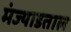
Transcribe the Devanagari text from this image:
मंज्याडताल